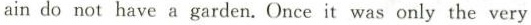
ain do not have a garden.Once it was only the very